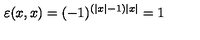
\varepsilon ( x , x ) = ( - 1 ) ^ { ( \left| x \right| - 1 ) \left| x \right| } = 1